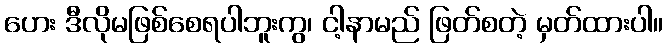
ဟေး ဒီလိုမဖြစ်စေရပါဘူးကွ၊ ငါ့နာမည် ဖြတ်စတဲ့ မှတ်ထားပါ။